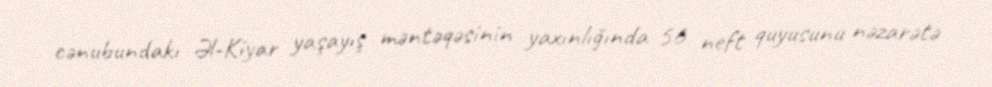
cənubundakı Əl-Kiyar yaşayış məntəqəsinin yaxınlığında 56 neft quyusunu nəzarətə